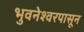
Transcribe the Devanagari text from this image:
भुवनेश्वरपासून